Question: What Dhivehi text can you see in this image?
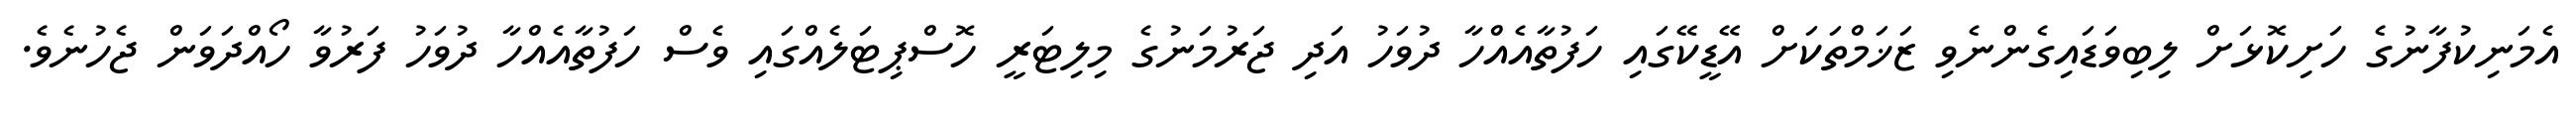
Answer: އެމަނިކުފާނުގެ ހަށިކޮޅަށް ލިބިވަޑައިގެންނެވި ޒަޚަމްތަކަށް އޭޑީކޭގައި ހަފުތާއެއްހާ ދުވަހު އަދި ޖަރުމަނުގެ މިލިޓަރީ ހޮސްޕިޓަލެއްގައި ވެސް ހަފުތާއެއްހާ ދުވަހު ފަރުވާ ހޯއްދަވަން ޖެހުނެވެ.